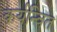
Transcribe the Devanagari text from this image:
कर्यन्वित